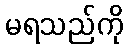
မရသည်ကို